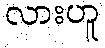
လားဟူ